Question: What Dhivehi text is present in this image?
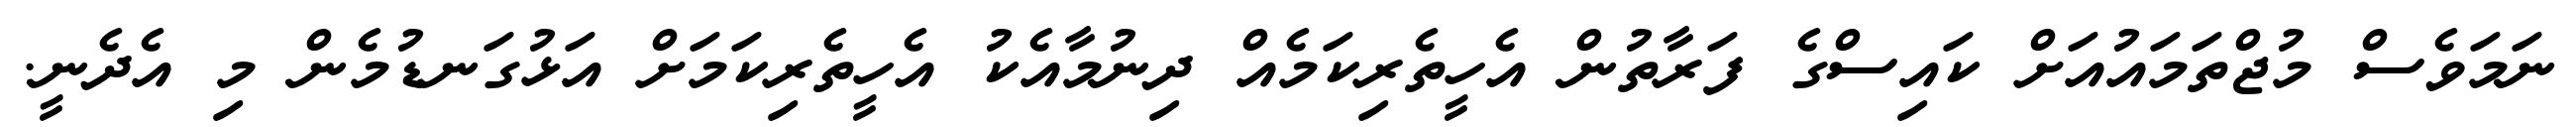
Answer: ނަމަވެސް މުޖްތަމައުއަށް ކައިސްގެ ފަރާތުން އެހީތެރިކަމެއް ދިނުމާއެކު އެހީތެރިކަމަށް އަޅުގަނޑުމެން މި އެދެނީ.